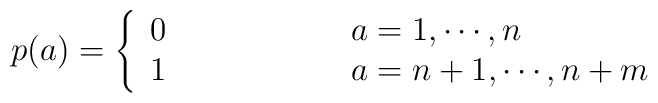
p(a)=\left\{\begin{array}{ll}           0&\hspace{2cm}a=1,\cdots,n\\           1&\hspace{2cm}a=n+1,\cdots,n+m\end{array}\right.